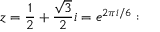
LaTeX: z = { \frac { 1 } { 2 } } + { \frac { \sqrt { 3 } } { 2 } } i = e ^ { 2 \pi i / 6 } :